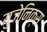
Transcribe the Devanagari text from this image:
युजेनिक्स